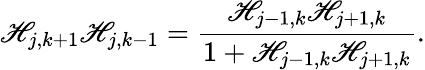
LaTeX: \mathscr{H}_{j,k+1}\mathscr{H}_{j,k-1}=\frac{{\mathscr{H}_{j-1,k}\mathscr{H}_{j+1,k}}}{{1+\mathscr{H}_{j-1,k}\mathscr{H}_{j+1,k}}}.